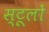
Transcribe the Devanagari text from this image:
स्टूलों